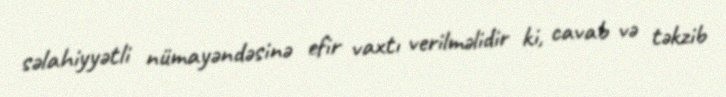
səlahiyyətli nümayəndəsinə efir vaxtı verilməlidir ki, cavab və təkzib